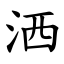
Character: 洒